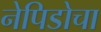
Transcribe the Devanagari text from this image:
नेपिडोचा